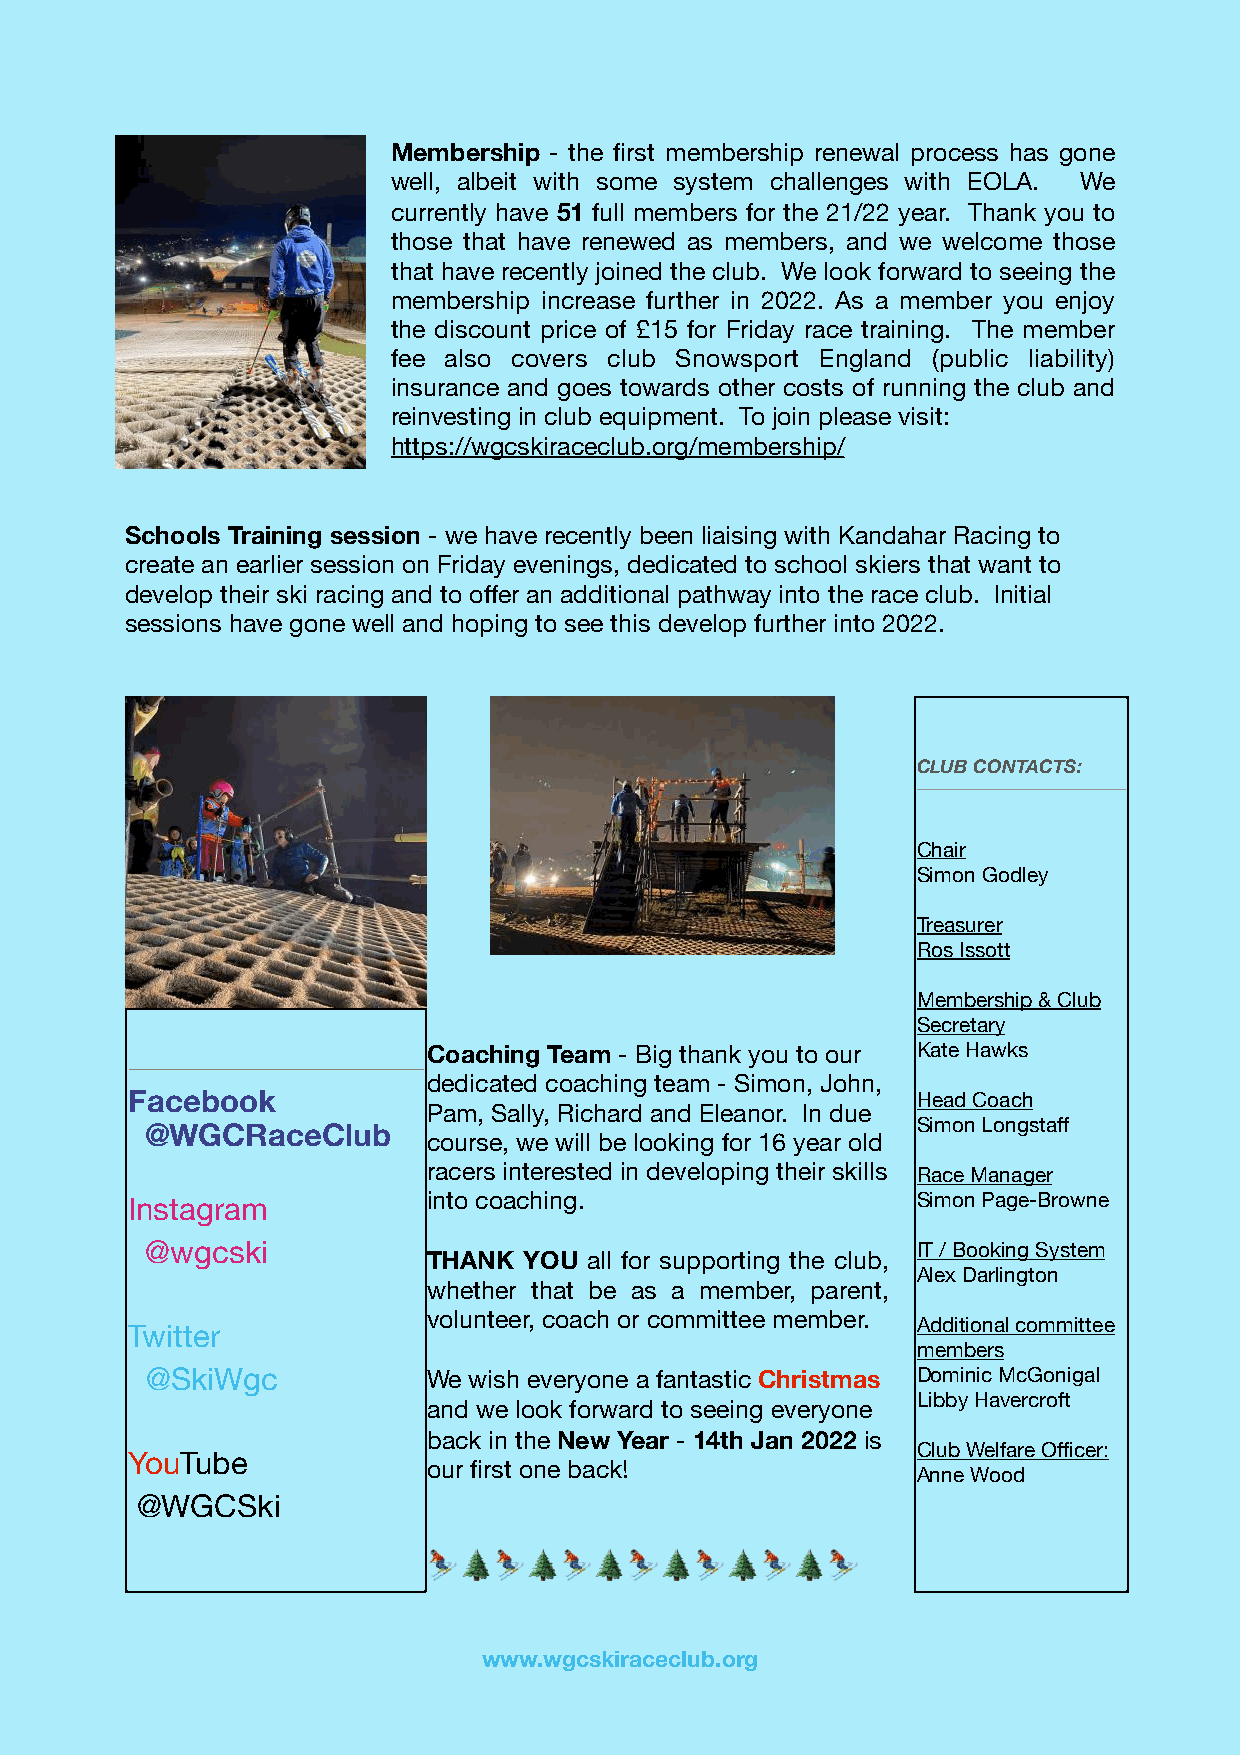
Membership - the first membership renewal process has gone
 well, albeit with some system challenges with EOLA. We
 currently have 51 full members for the 21/22 year. Thank you to
 those that have renewed as members, and we welcome those
 that have recently joined the club. We look forward to seeing the
 membership increase further in 2022. As a member you enjoy
 the discount price of £15 for Friday race training. The member
 fee also covers club Snowsport England (public liability)
 insurance and goes towards other costs of running the club and
 reinvesting in club equipment. To join please visit:
 https://wgcskiraceclub.org/membership/
 Schools Training session - we have recently been liaising with Kandahar Racing to
 create an earlier session on Friday evenings, dedicated to school skiers that want to
 develop their ski racing and to offer an additional pathway into the race club. Initial
 sessions have gone well and hoping to see this develop further into 2022.
 CLUB CONTACTS:
 Chair
 Simon Godley
 Treasurer
 Ros Issott
 Membership & Club
 Secretary
 Coaching Team - Big thank you to our Kate Hawks
 dedicated coaching team - Simon, John,
 Facebook                                             Head Coach
 Pam, Sally, Richard and Eleanor. In due
 @WGCRaceClub                                       Simon Longstaff
 course, we will be looking for 16 year old
 racers interested in developing their skills Race Manager
 Instagram           into coaching.                   Simon Page-Browne
 @wgcski                                            IT / Booking System
 THANK  YOU all for supporting the club,
 Alex Darlington
 whether that be as a member, parent,
 volunteer, coach or committee member.
 Additional committee
 Twitter
 members
 @SkiWgc           We wish everyone a fantastic Christmas Dominic McGonigal
 Libby Havercroft
 and we look forward to seeing everyone
 back in the New Year - 14th Jan 2022 is
 Club Welfare Officer:
 YouTube
 our first one back!
 Anne Wood
 @WGCSki
 ⛷ 🌲  ⛷ 🌲 ⛷ 🌲 ⛷  🌲 ⛷ 🌲 ⛷  🌲 ⛷
 www.wgcskiraceclub.org